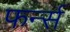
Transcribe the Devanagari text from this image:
फर्न्स